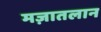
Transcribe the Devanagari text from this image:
मज़ातलान